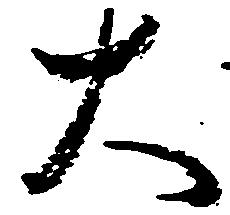
大